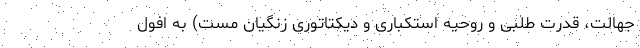
جهالت، قدرت طلبی و روحیه استکباری و دیکتاتوری زنگیان مست) به افول